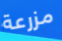
مزرعة